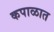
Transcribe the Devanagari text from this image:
कपाळात